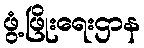
ဖွံ့ဖြိုးရေးဌာန